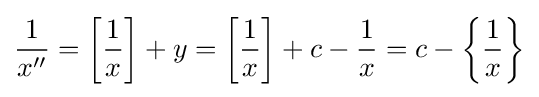
{\frac {1}{x''}}=\left[{\frac {1}{x}}\right]+y=\left[{\frac {1}{x}}\right]+c-{\frac {1}{x}}=c-\left\{{\frac {1}{x}}\right\}